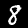
Digit: 8